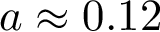
a \approx 0 . 1 2